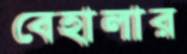
বেহালার